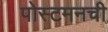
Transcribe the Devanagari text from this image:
पोस्टमनची